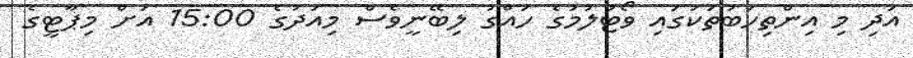
އަދި މި އިންތިހަބުތަކުގައި ވޯޓުލުމުގެ ހައްގު ލިބޭނީވެސް މިއަދުގެ 15:00 އަށް މިޕާޓީގެ